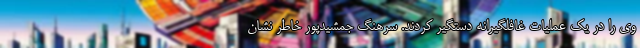
وی را در یک عملیات غافلگیرانه دستگیر کردند. سرهنگ جمشیدپور خاطر نشان